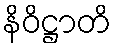
နိဝိဋ္ဌာတိ